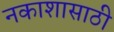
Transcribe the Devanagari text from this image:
नकाशासाठी